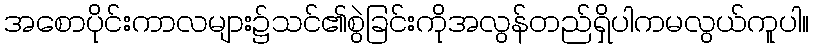
အစောပိုင်းကာလများ၌သင်၏စွဲခြင်းကိုအလွန်တည်ရှိပါကမလွယ်ကူပါ။